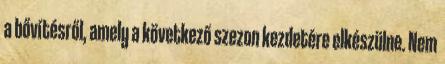
a bővítésről, amely a következő szezon kezdetére elkészülne. Nem